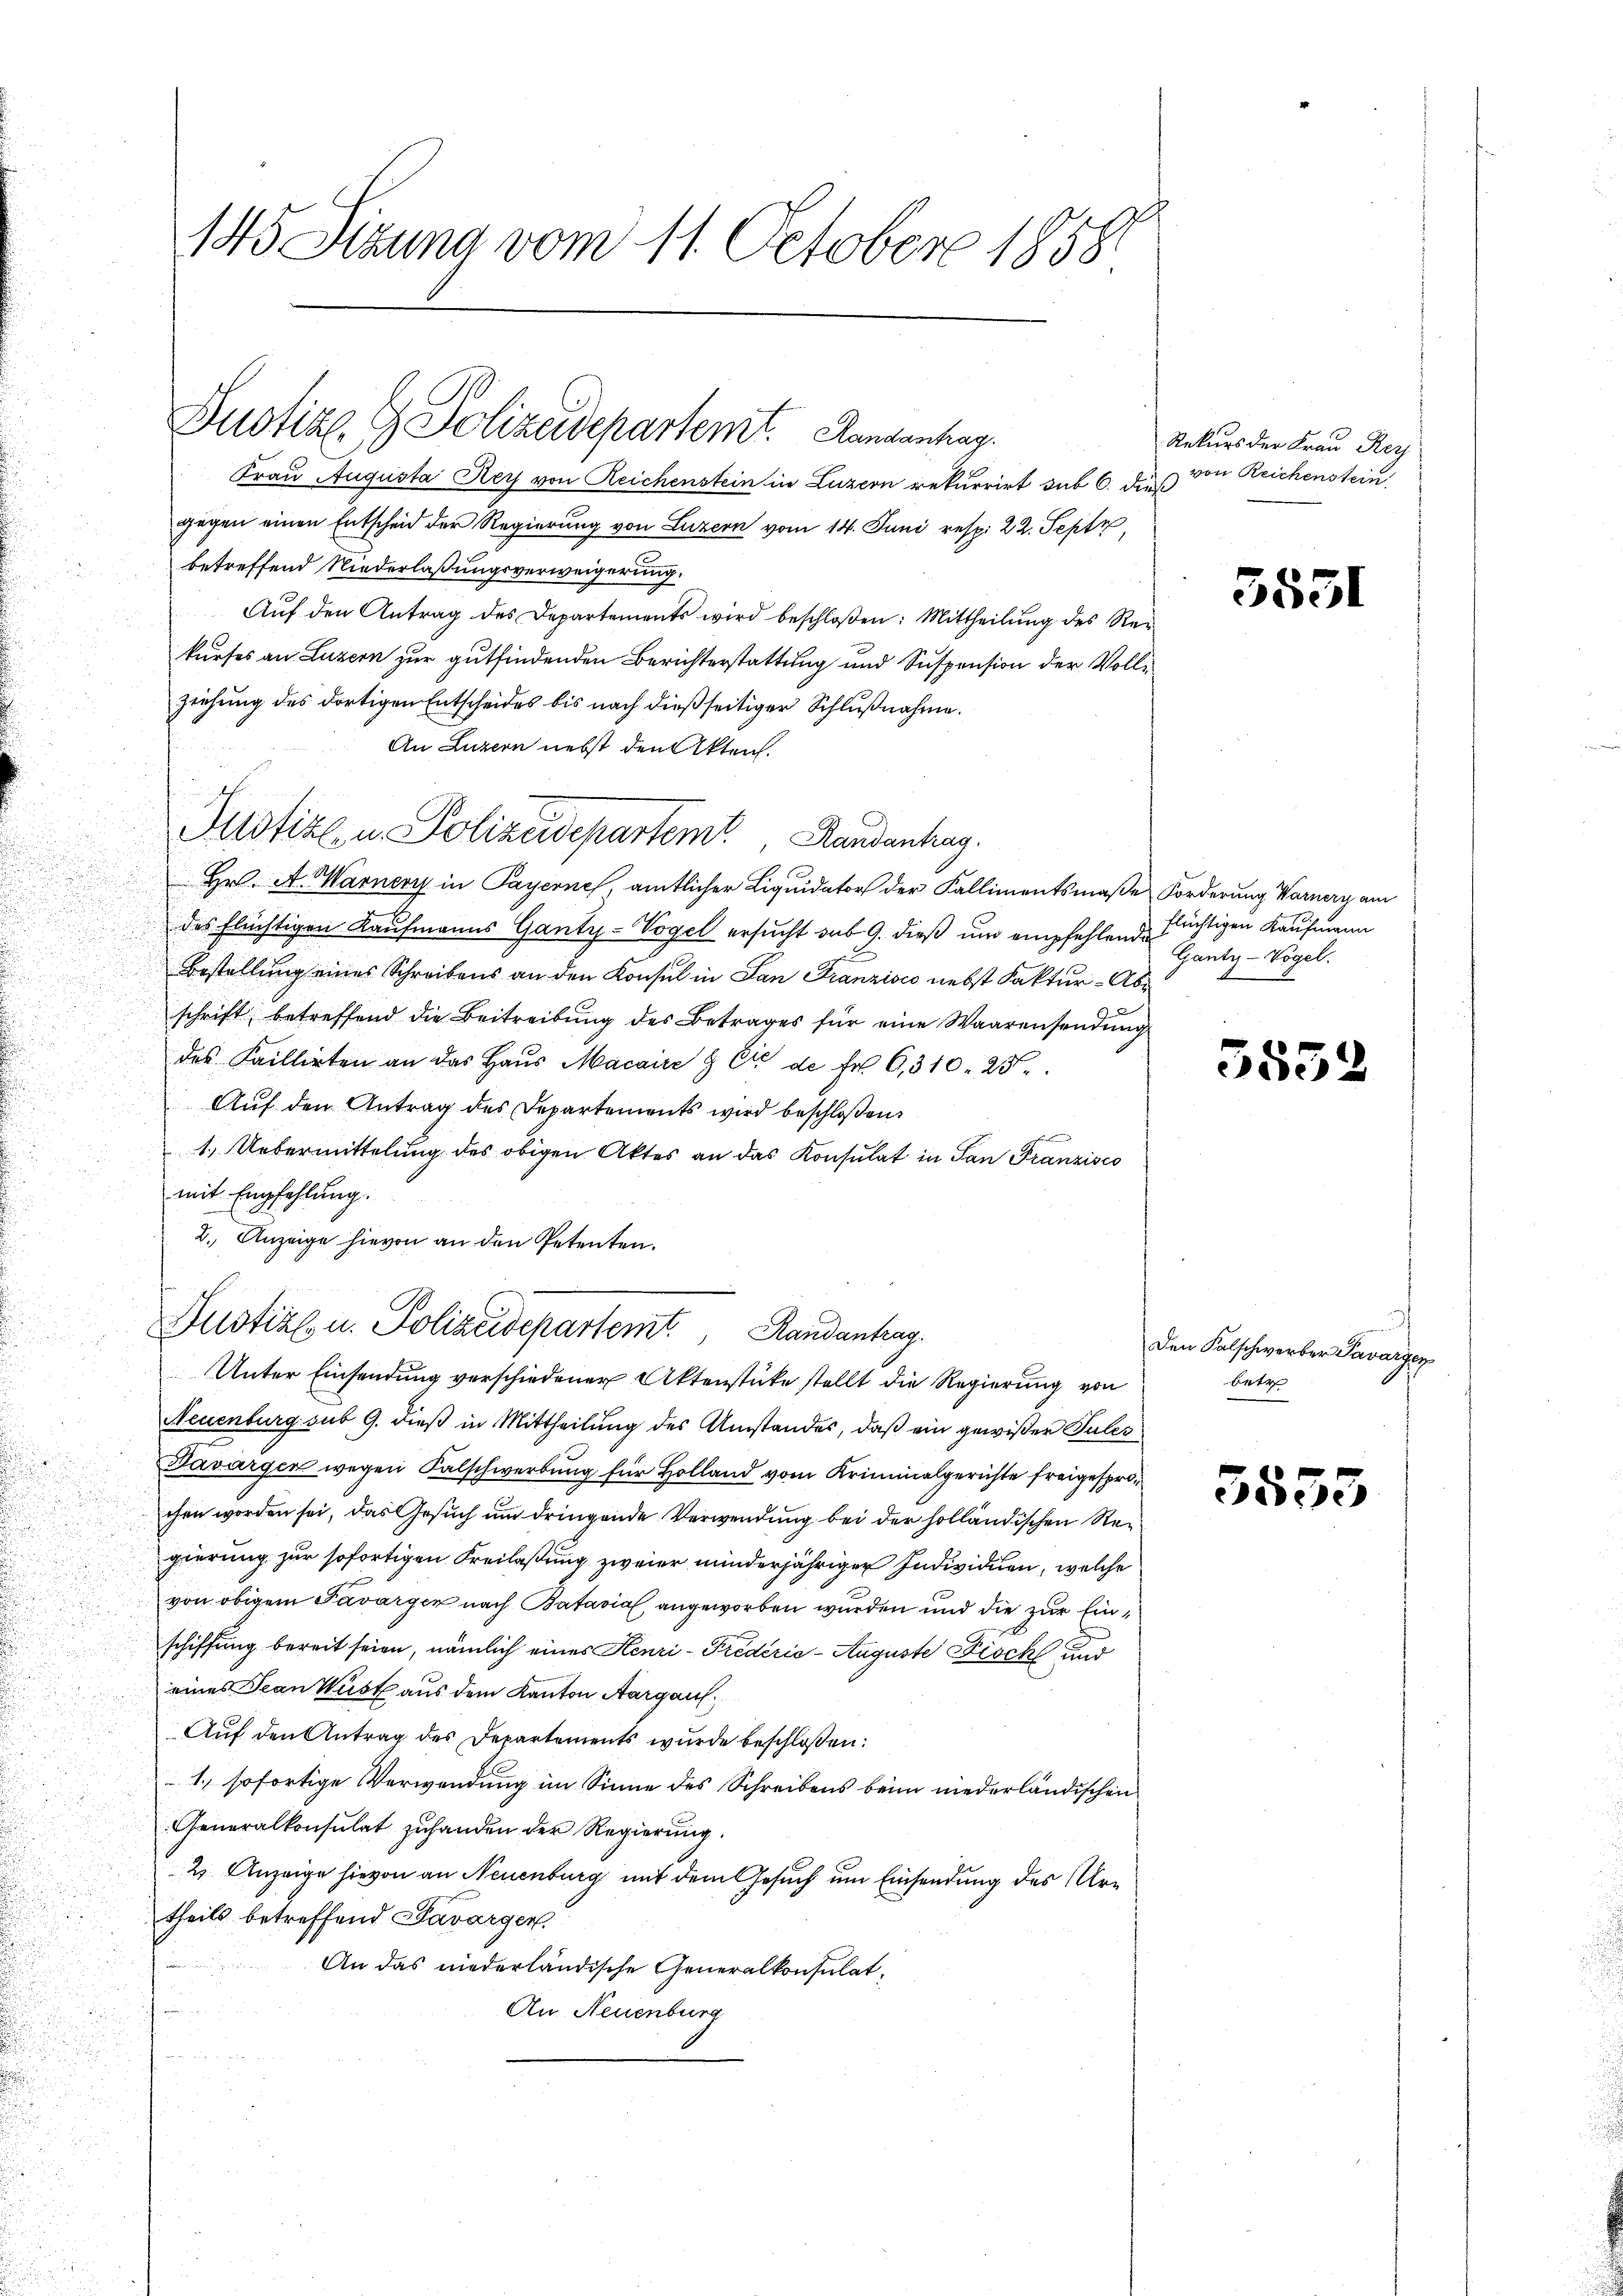
Frau Augusta Rey von Reichenstein in Luzern rekurrirt sub 6. dieß
gegen einen Entscheid der Regierung von Luzern vom 14. Juni resp. 22. Sept,
betreffend Niederlaßungsverweigerung.
Auf den Antrag des Departements wird beschloßen: Mittheilung des Rekurses an Luzern zur gutfindenden Berichterstattung und Suspension der Vollziehung des dortigen Entscheides bis nach dießseitiger Schlußnahme.
An Luzern nebst den Akten.
Hr. A. Warnery in Payerne, amtlicher Liquidator der Kallimentsmaße Forderung Warnery am
des flüchtigen Kaufmanns Ganty-Vogel ersucht des 9. dieß um empfehlen de richtigen Kaufmann
Bestellung eines Schreibens an den Konsul in San Franzisco nebst Kaktur-Abe
schrift, betreffend die Beitreibung des Betrages für eine Waarensendung
des Faillirten an das Haŭs Macaire & Er de Fr. 6, 310. 25.
Auf den Antrag des Departements wird beschloßen:
1. Uebermittelung des obigen Aktes an das Konsulat in San Franzisco
mit Empfehlung.
2. Anzeige hievon an den Petenten.

145 Sizung vom 11. October 1858.

Dustizl. G. Polizeidepartent. Handenhag

Justiz u. Polizeidepartem Randantrag.

Dustiz u. Polizeidepartemt, Randantrag

Unter Einsendung verschiedener Aktenstücke stellt die Regierung von
Neuenburg sub 9. dieß in Mittheilung des Umstandes, daß ein gewißer Suler
Davargen wegen Kalschwerbung für Holland vom Kriminalgerichte freigesprochen worden sei, das Gesuch um dringende Verwendung bei der holländischen Regierung zur sofortigen Freilaßung zweier minderjähriger Individuen, welche
von obigem Tavarger nach Batavial angeworben wurden und die zur Einschiffung bereit seien, nämlich eines Henri - Prederić - Auguste Bisch und
eines Jean Wüst aus dem Kanton Aargauf¬
Auf den Antrag des Departements wurde beschloßen:
1. sofortige Verwendung im Sinne des Schreibens beim niederländischen
Generalkonsulat zŭ handen der Regierŭng.
2 Anzeige hievon an Neuenburg mit dem Gesuch um Einsendung des Urtheils betreffend Savargen.
An das niederländische Generalkonsulat,
.
d

An Neuenburg
u
d
e

Rekurs der Frau Rey
von Reichenstein

3531

Gantz-Vogel.

353

Den Falschwerber Pavargen
bete

5553